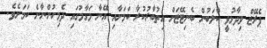
ޕެރޭޒް ވިދާޅުވީ ކްލަބުން ބެނިޓޭޒަށް އިތުބާރުކުރާ ކަމަށާއި އޭނާ މަގާމުގައި ދެމިހުންނާނެ ކަމަށެވެ.